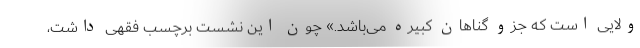
ولایی است که جزو گناهان کبیره می‌باشد.» چون این نشست برچسب فقهی داشت،